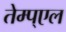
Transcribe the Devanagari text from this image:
तेम्प्एल